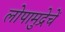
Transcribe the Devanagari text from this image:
लोपामुद्रेचें